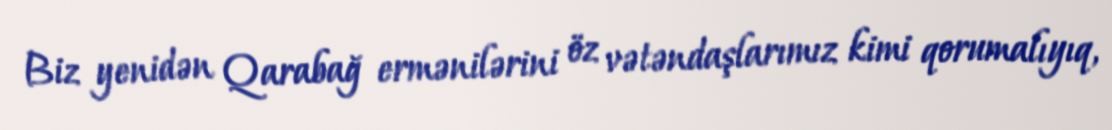
Biz yenidən Qarabağ ermənilərini öz vətəndaşlarımız kimi qorumalıyıq,